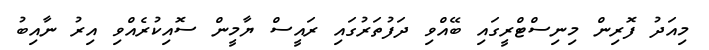
މިއަދު ފޮރިން މިނިސްޓްރީގައި ބޭއްވި ދަފުތަރުގައި ރައީސް ޔާމީން ސޮއިކުރެއްވި އިރު ނާއިބު